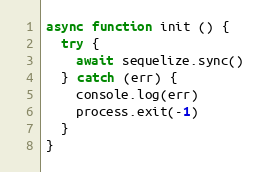
Language: JavaScript
async function init () {
  try {
    await sequelize.sync()
  } catch (err) {
    console.log(err)
    process.exit(-1)
  }
}